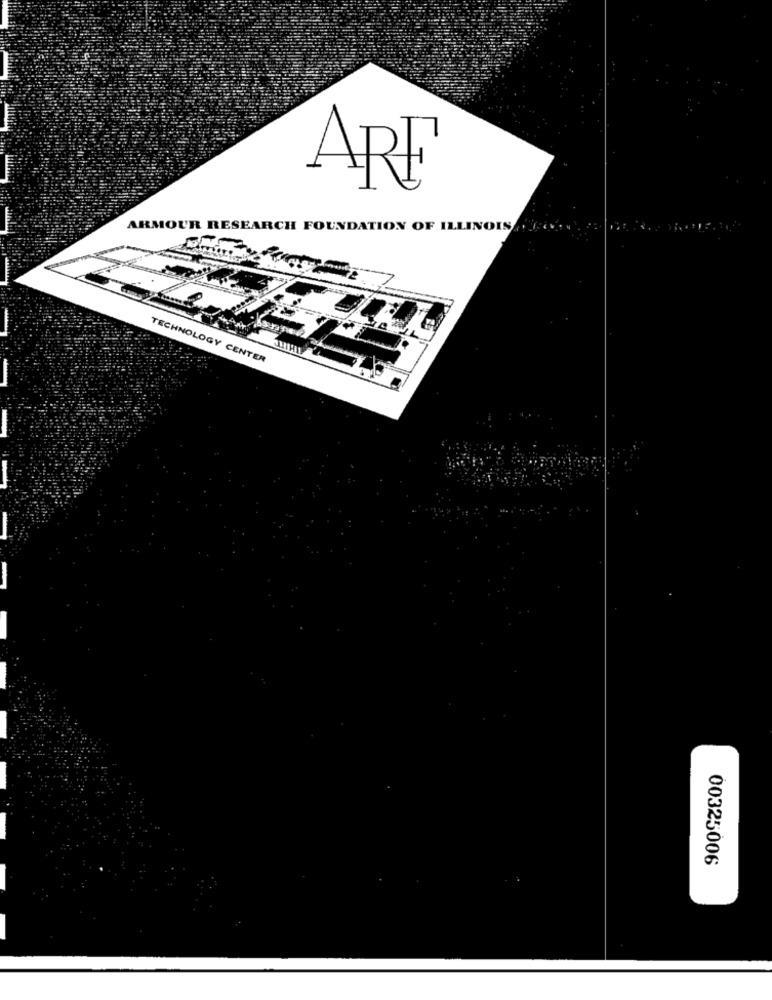
ARE
ARMOUR RESEARCH FOUNDATION OF ILLINOIS
TECHNOLOGY CENTER
00325006